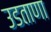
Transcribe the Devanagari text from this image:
उडताणा